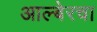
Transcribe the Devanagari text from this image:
आल्बेरचा